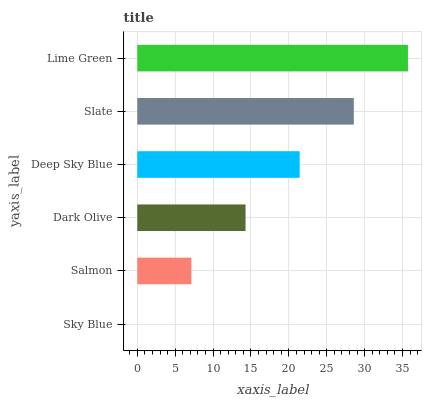
| yaxis_label | bars |
 | --- | --- |
 | Sky Blue | 0 |
 | Salmon | 7.14 |
 | Dark Olive | 14.3 |
 | Deep Sky Blue | 21.4 |
 | Slate | 28.6 |
 | Lime Green | 35.7 |